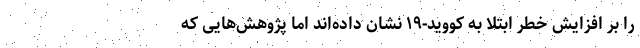
را بر افزایش خطر ابتلا به کووید-۱۹ نشان داده‌اند اما پژوهش‌هایی که